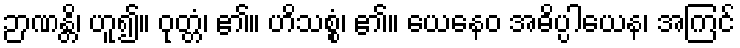
ဉာဏန္တိ၊ ဟူ၍။ ဝုတ္တံ၊ ၏။ ဟိသစ္စံ၊ ၏။ ယေနေဝ အဓိပ္ပါယေန၊ အကြင်